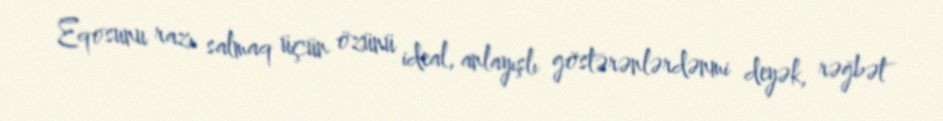
Eqosunu razı salmaq üçün özünü ideal, anlayışlı göstərənlərdənmi deyək, rəğbət